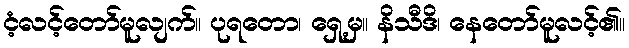
ငံ့လင့်တော်မူလျက်။ ပုရတော၊ ရှေ့မှ။ နိသီဒိ၊ နေတော်မူလင့်၏။